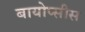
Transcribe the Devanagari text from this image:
बायोप्सीस